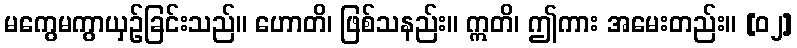
မကွေမကွာယှဉ်ခြင်းသည်။ ဟောတိ၊ ဖြစ်သနည်း။ ဣတိ၊ ဤကား အမေးတည်း။ [၀၂]